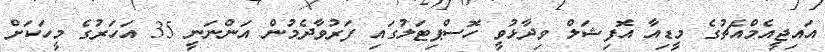
އައިޖީއެމްއެޗުގެ މީޑިއާ އޮފިޝަލް ވިދާޅުވީ ހޮސްޕިޓަލުގައި ފަރުވާދެމުން އަންނަނީ 35 އަހަރުގެ މީހަކަށް